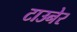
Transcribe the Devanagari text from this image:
टाउनेर